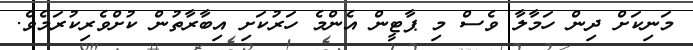
މަނިކަށް ދިން ހަމާލާ ވެސް މި ޕާޓީން އެންމެ ހަރުކަށި އިބާރާތުން ކުށްވެރިކުރަމެވެ.